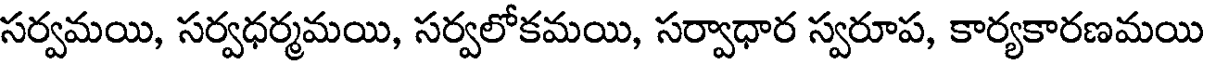
సర్వమయి, సర్వధర్మమయి, సర్వలోకమయి, సర్వాధార స్వరూప, కార్యకారణమయి